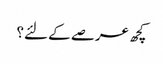
کچھ عرصے کے لئے؟